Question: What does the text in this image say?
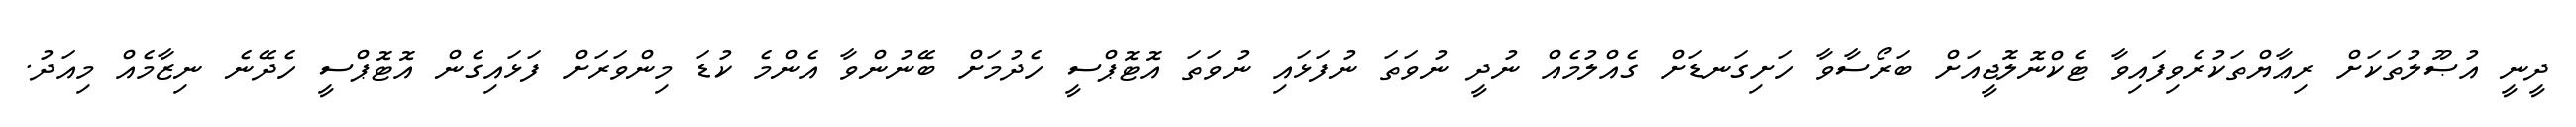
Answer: ދީނީ އުޞޫލުތަކަށް ރިޢާޔްތަކުރެވިފައިވާ ޓެކްނޮލޮޖީއަށް ބަރޯސާވާ ހަށިގަނޑަށް ގެއްލުމެއް ނުދީ ނުވަތަ ނުފަޅައި ނުވަތަ އޮޓޮޕްސީ ހެދުމަށް ބޭނުންވާ އެންމެ ކުޑަ މިންވަރަށް ފަޅައިގެން އޮޓޮޕްސީ ހެދޭނެ ނިޒާމެއް މިއަދު.